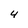
Character: 4